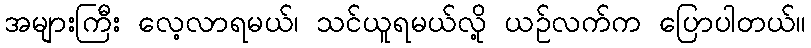
အများကြီး လေ့လာရမယ်၊ သင်ယူရမယ်လို့ ယဉ်လက်က ပြောပါတယ်။